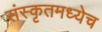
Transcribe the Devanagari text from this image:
संस्कृतमध्येच